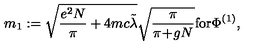
m _ { 1 } : = \sqrt { \frac { e ^ { 2 } N } { \pi } + 4 m c \tilde { \lambda } } \sqrt { \frac { \pi } { \pi \! + \! g N } } \mathrm { f o r } \Phi ^ { ( 1 ) } ,